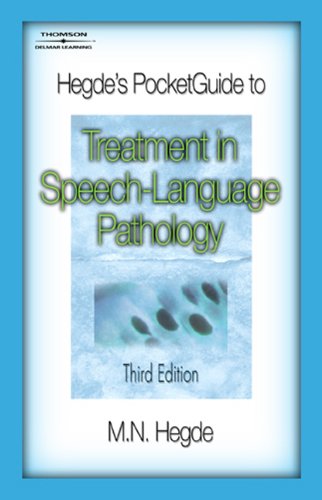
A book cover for Hegde's PocketGuide to Treatment in Speech-Language Pathology; M.N. Hegde; Medical Books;